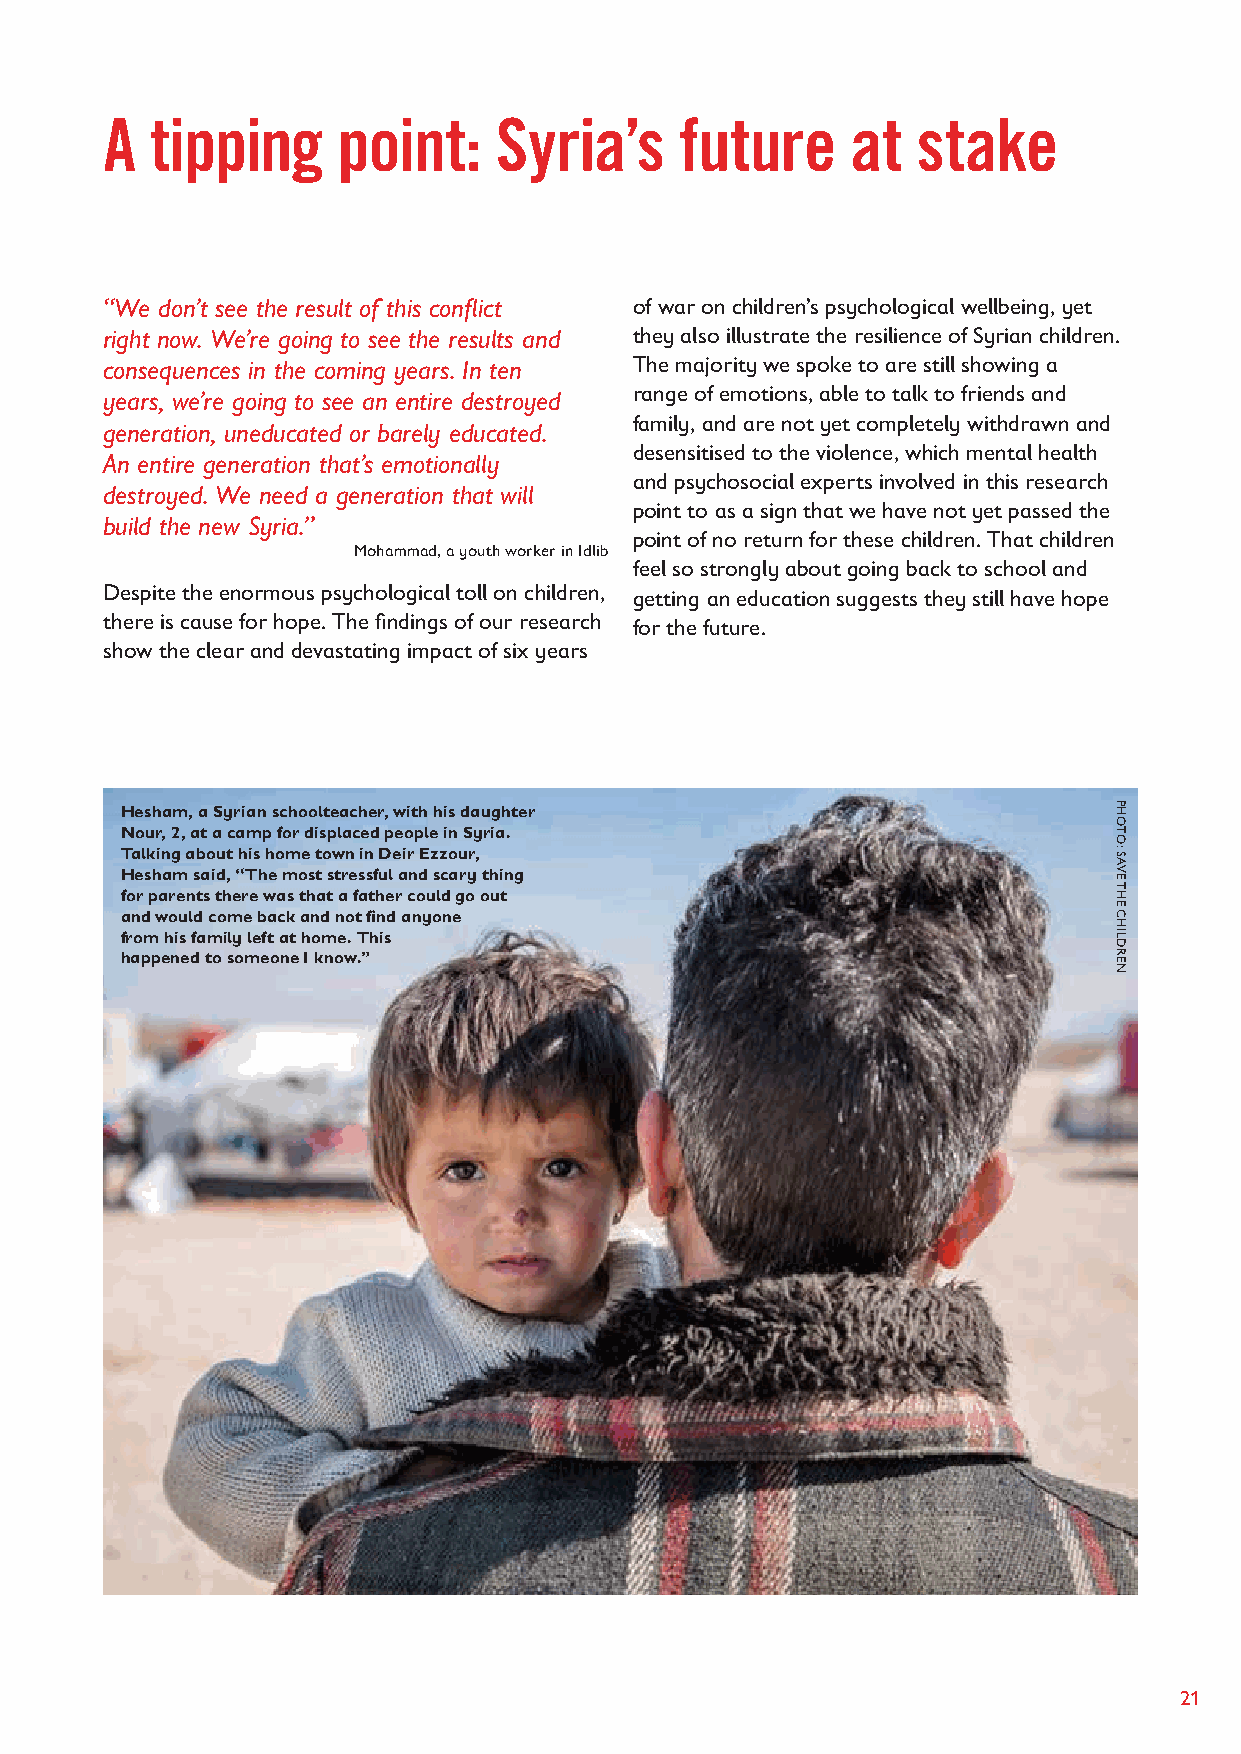
A  tipping     point:     Syria’s     future     at   stake
 “We don’t see the result of this conflict of war on children’s psychological wellbeing, yet
 right now. We’re going to see the results and they also illustrate the resilience of Syrian children.
 consequences in the coming years. In ten The majority we spoke to are still showing a
 years, we’re going to see an entire destroyed range of emotions, able to talk to friends and
 family, and are not yet completely withdrawn and
 generation, uneducated or barely educated.
 desensitised to the violence, which mental health
 An entire generation that’s emotionally
 and psychosocial experts involved in this research
 destroyed. We need a generation that will
 point to as a sign that we have not yet passed the
 build the new Syria.”
 point of no return for these children. That children
 Mohammad, a youth worker in Idlib
 feel so strongly about going back to school and
 Despite the enormous psychological toll on children, getting an education suggests they still have hope
 there is cause for hope. The findings of our research for the future.
 show the clear and devastating impact of six years
 Hesham, a Syrian schoolteacher, with his daughter
 Nour, 2, at a camp for displaced people in Syria.
 Talking about his home town in Deir Ezzour,
 Hesham said, “The most stressful and scary thing
 for parents there was that a father could go out
 and would come back and not find anyone
 from his family left at home. This
 happened to someone I know.”
 21
 PHOTO:
 SAVE
 THE
 CHILDREN